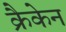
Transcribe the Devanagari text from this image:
क्रैकेन